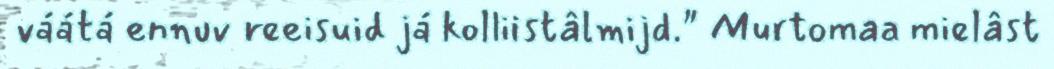
váátá ennuv reeisuid já kolliistâlmijd." Murtomaa mielâst